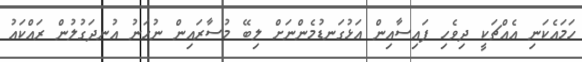
ހަމައެކަނި އެއްޗަކީ ދިވެހި ފައިސާއިން އަޅުގަނޑުމެންނަށް ލިބޭ މުސާރައިން ނުހަނު އުނދަގުލުން ރައްކައު